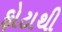
ફોટાથી